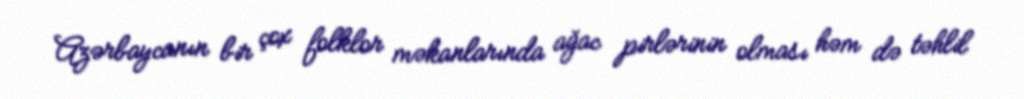
Azərbaycanın bir çox folklor məkanlarında ağac pirlərinin olması həm də təhlil